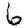
Digit: 6